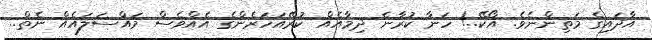
އާދައިގެ މަތިންނެެވެ. އޯކޭ..! ހަނާ ކުރާނެ ދިމާއެއް ކުރޭއަހަރެންގެެ އެއްވެސް މައްސަލައެއް ނެތް..